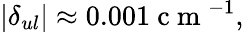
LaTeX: |\delta_{ul}|\approx 0.001\mathrm{~c~m~}^{-1},